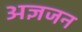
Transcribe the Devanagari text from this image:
अज्ञजन